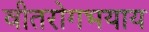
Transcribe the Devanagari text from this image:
वीतरोगभयाय